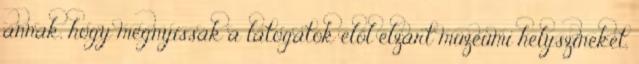
annak, hogy megnyissák a látogatók elől elzárt múzeumi helyszíneket,